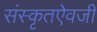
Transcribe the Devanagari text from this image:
संस्कृतऐवजी